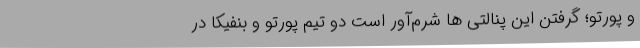
و پورتو؛‌ گرفتن این پنالتی ها شرم‌آور است دو تیم پورتو و بنفیکا در